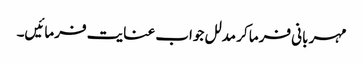
مہر بانی فرما کر مدلل جواب عنایت فرمائیں۔